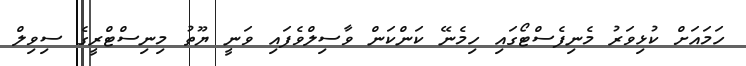
ހަމައަށް ކުޅިވަރު މެނިފެސްޓޯގައި ހިމެނޭ ކަންކަން ވާސިލްވެފައި ވަނީ ޔޫތު މިނިސްޓްރީގެ ސިވިލް